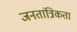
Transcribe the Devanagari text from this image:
जनतांत्रिकता